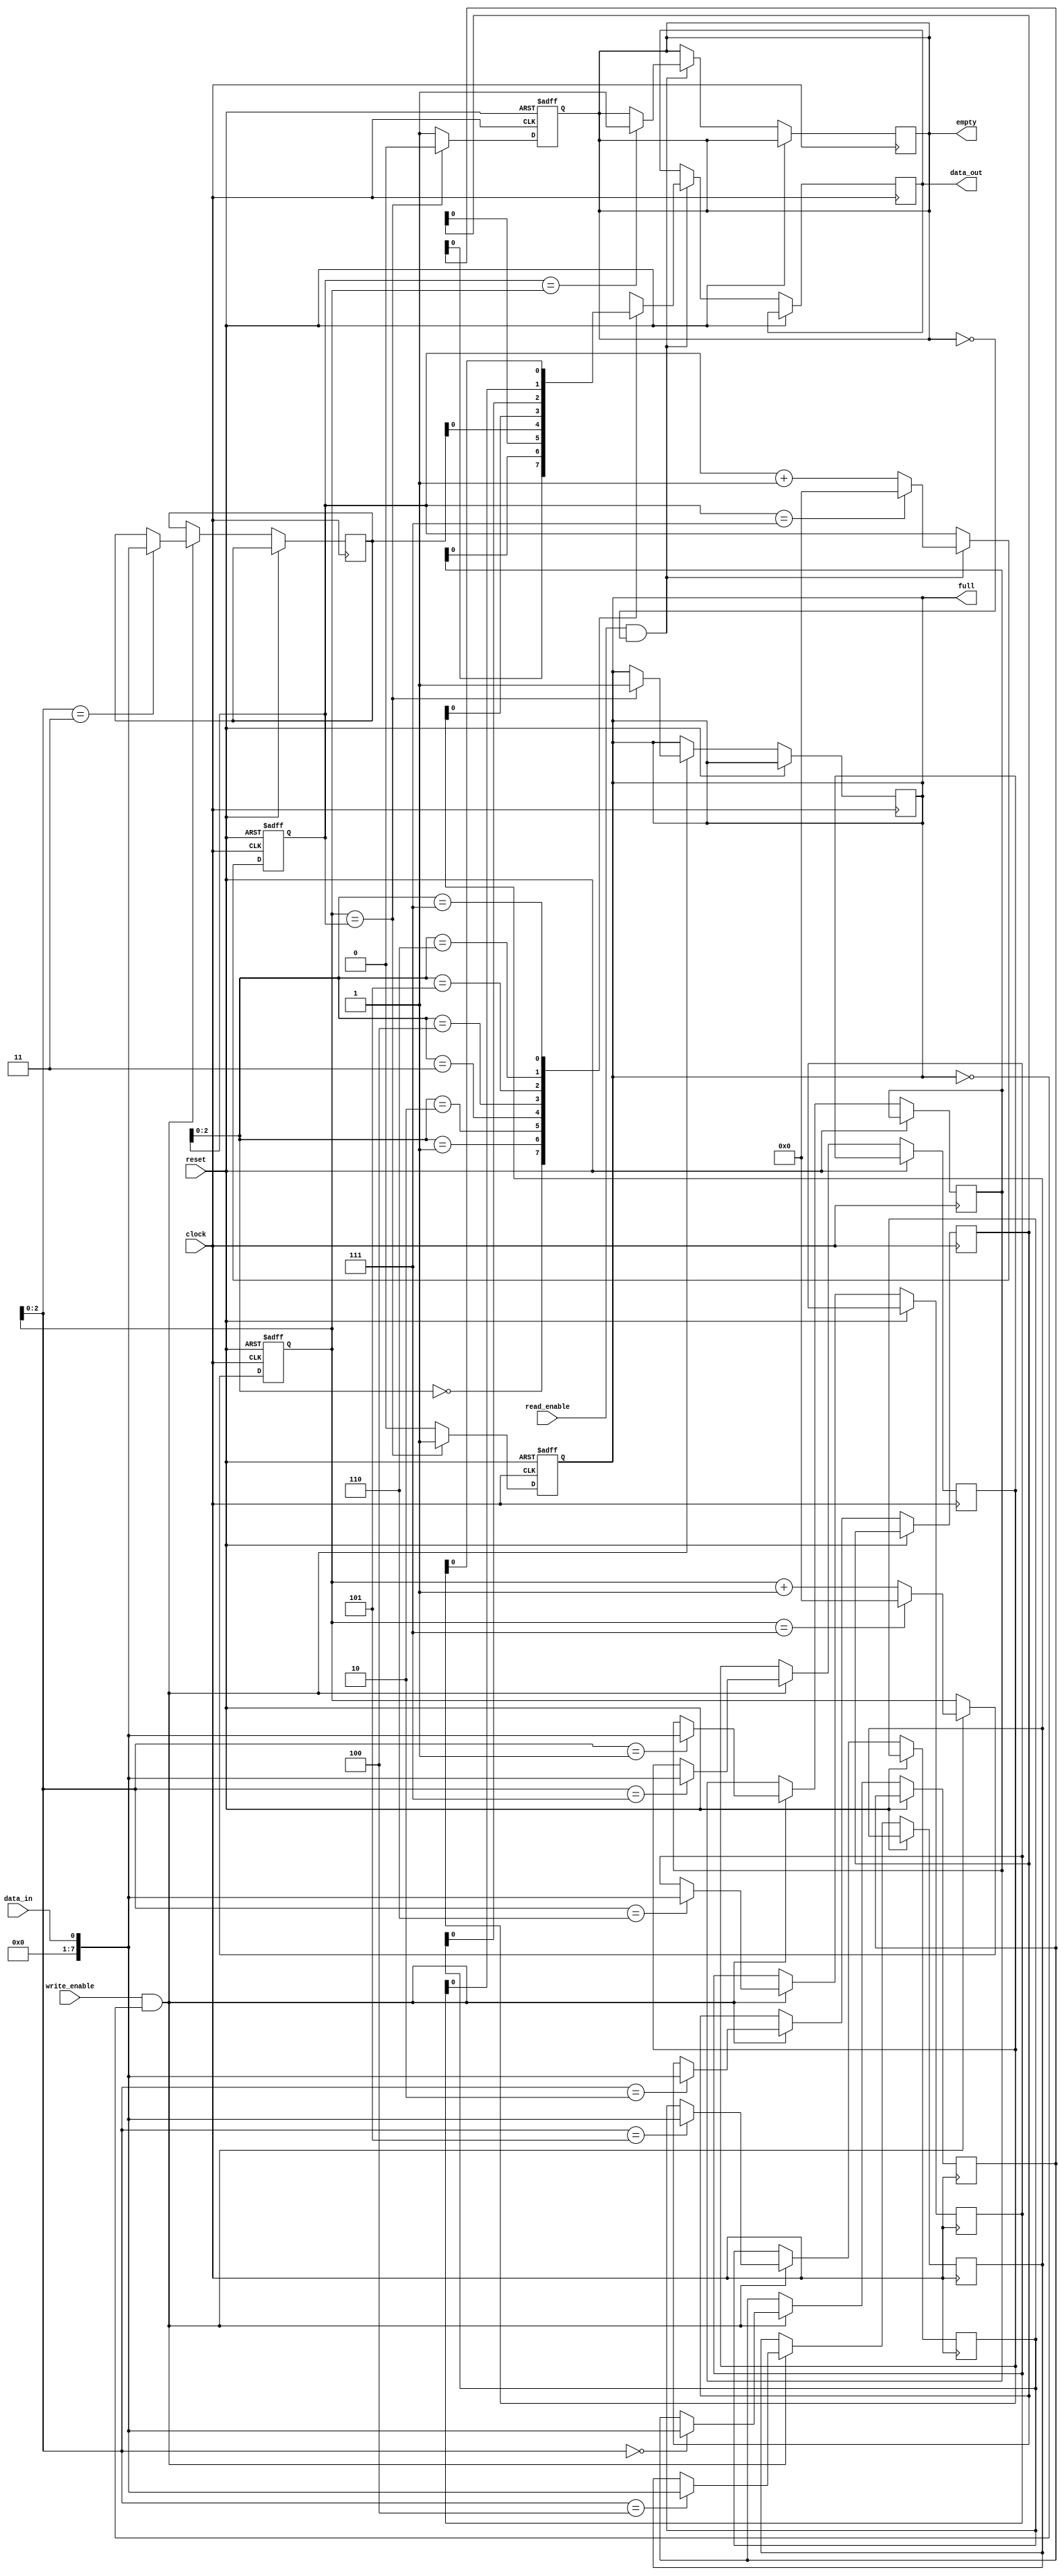
module Bidirectional_FIFO (
    input wire clock,
    input wire reset,
    input wire write_enable,
    input wire read_enable,
    input wire data_in,
    output wire data_out,
    output wire full,
    output wire empty
);

parameter DEPTH = 8; // Depth of the FIFO memory

reg [7:0] memory [0:DEPTH-1];
reg [3:0] read_ptr;
reg [3:0] write_ptr;
reg full_flag;
reg empty_flag;

// Full and empty flags logic
assign full = full_flag;
assign empty = empty_flag;

// Read logic
always @(posedge clock or posedge reset) begin
    if(reset) begin
        read_ptr <= 0;
    end else if(read_enable && !empty_flag) begin
        data_out <= memory[read_ptr];
        read_ptr <= (read_ptr == DEPTH-1) ? 0 : read_ptr + 1;
        if(read_ptr == write_ptr) begin
            empty_flag <= 1;
        end
    end
end

// Write logic
always @(posedge clock or posedge reset) begin
    if(reset) begin
        write_ptr <= 0;
    end else if(write_enable && !full_flag) begin
        memory[write_ptr] <= data_in;
        write_ptr <= (write_ptr == DEPTH-1) ? 0 : write_ptr + 1;
        if(write_ptr == read_ptr) begin
            full_flag <= 1;
        end
    end
end

// Reset full and empty flags
always @(posedge clock or posedge reset) begin
    if(reset) begin
        full_flag <= 0;
        empty_flag <= 1;
    end else begin
        full_flag <= (write_ptr == read_ptr) ? 1 : 0;
        empty_flag <= (write_ptr == read_ptr) ? 0 : 1;
    end
end

endmodule